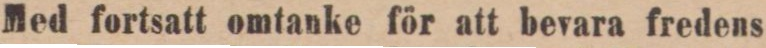
Med fortsatt omtanke för att bevara fredens